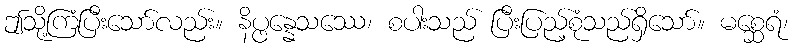
ဤသို့ကြံပြီးသော်လည်း။ နိပ္ဖန္နေသဿေ၊ စပါးသည် ပြီးပြည့်စုံသည်ရှိသော်။ မစ္ဆေရံ၊